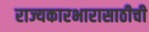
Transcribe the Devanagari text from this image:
राज्यकारभारासाठीची